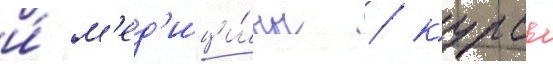
и́ м'ед'ици́ны / курсы